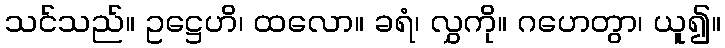
သင်သည်။ ဥဋ္ဌေဟိ၊ ထလော။ ခရံ၊ လွှကို။ ဂဟေတွာ၊ ယူ၍။